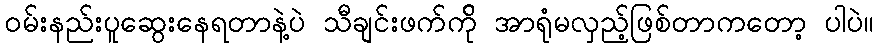
ဝမ်းနည်းပူဆွေးနေရတာနဲ့ပဲ သီချင်းဖက်က်ို အာရုံမလှည့်ဖြစ်တာကတော့ ပါပဲ။